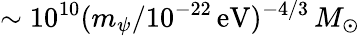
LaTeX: \sim 10^{10}(m_{\psi}/10^{-22}\mathrm{\, eV})^{-4/3}\, M_{\odot}